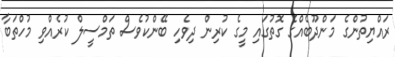
ރައްޔިތުންގެ މަންދޫބެއްގެ ގޮތުގައި މީގެ ކުރިން ދިވެހި ބޭންކުވެސް ތަމްސީލް ކުރެއްވި މުހްތަބާ